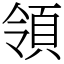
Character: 領